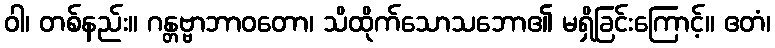
ဝါ၊ တစ်နည်း။ ဂန္တဗ္ဗာဘာဝတော၊ သိထိုက်သောသဘော၏ မရှိခြင်းကြောင့်။ ဧတံ၊